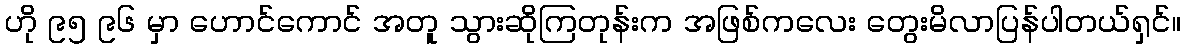
ဟို ၉၅ ၉၆ မှာ ဟောင်ကောင် အတူ သွားဆိုကြတုန်းက အဖြစ်ကလေး တွေးမိလာပြန်ပါတယ်ရှင်။